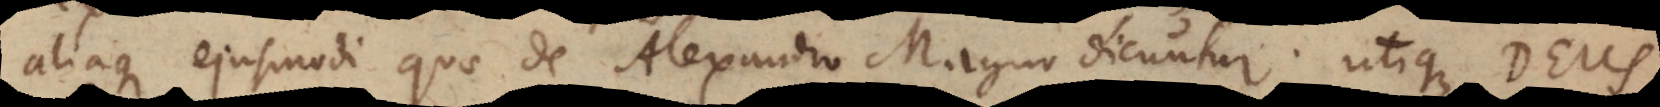
aliaque ejusmodi quae de Alexandro Magno dicuntur; utique Deus